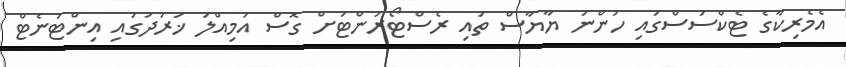
އެމެރިކާގެ ޓެކްސަސްގައި ހުންނަ ޔާޔާސް ތައި ރެސްޓޯރަންޓަށް ގޮސް އަމިއްލަ ޚަރަދުގައި އިންޓަނެޓް